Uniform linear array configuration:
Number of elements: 32
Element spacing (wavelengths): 0.5
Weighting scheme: cosine
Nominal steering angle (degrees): -15
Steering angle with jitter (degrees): -15.405
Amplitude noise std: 0.05
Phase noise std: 0.05

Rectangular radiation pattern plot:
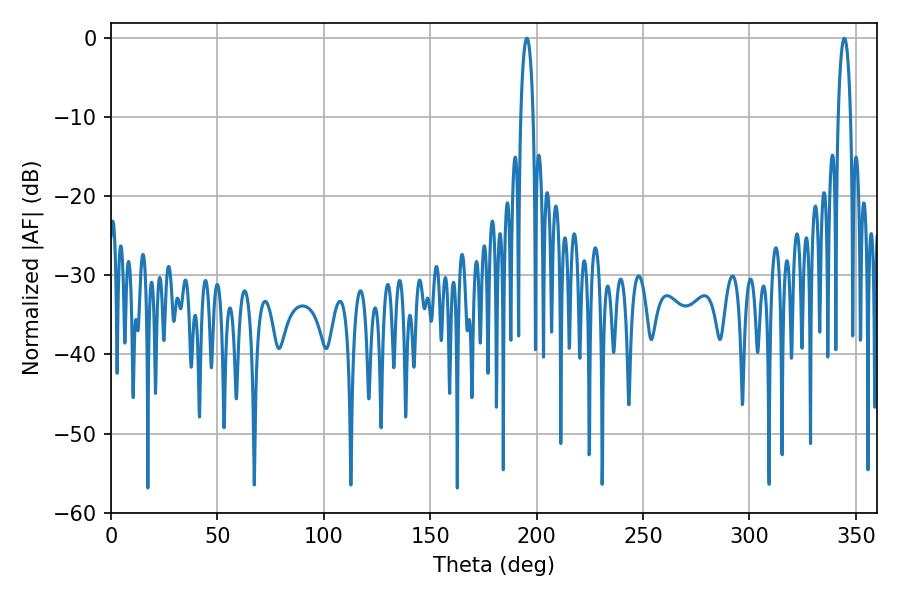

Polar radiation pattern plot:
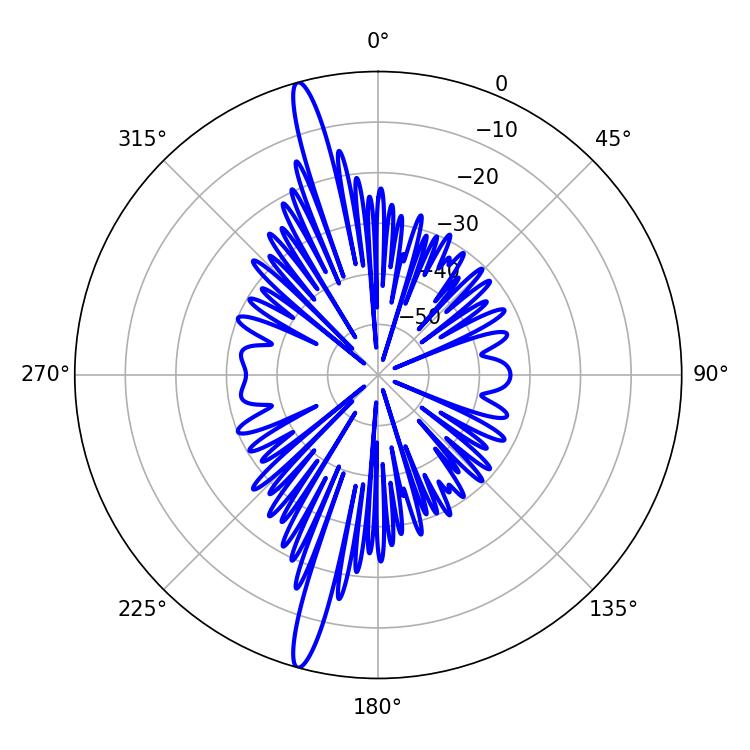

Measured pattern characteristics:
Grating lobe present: FALSE
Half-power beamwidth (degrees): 3.24
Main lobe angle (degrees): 195.48